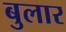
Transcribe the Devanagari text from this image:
बुलार